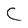
Character: c